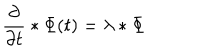
{ \frac { \partial } { \partial t } } * \Phi ( t ) = \lambda * \Phi